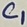
Text: C1